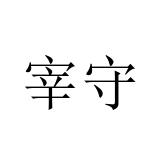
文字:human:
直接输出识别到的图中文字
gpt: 宰守